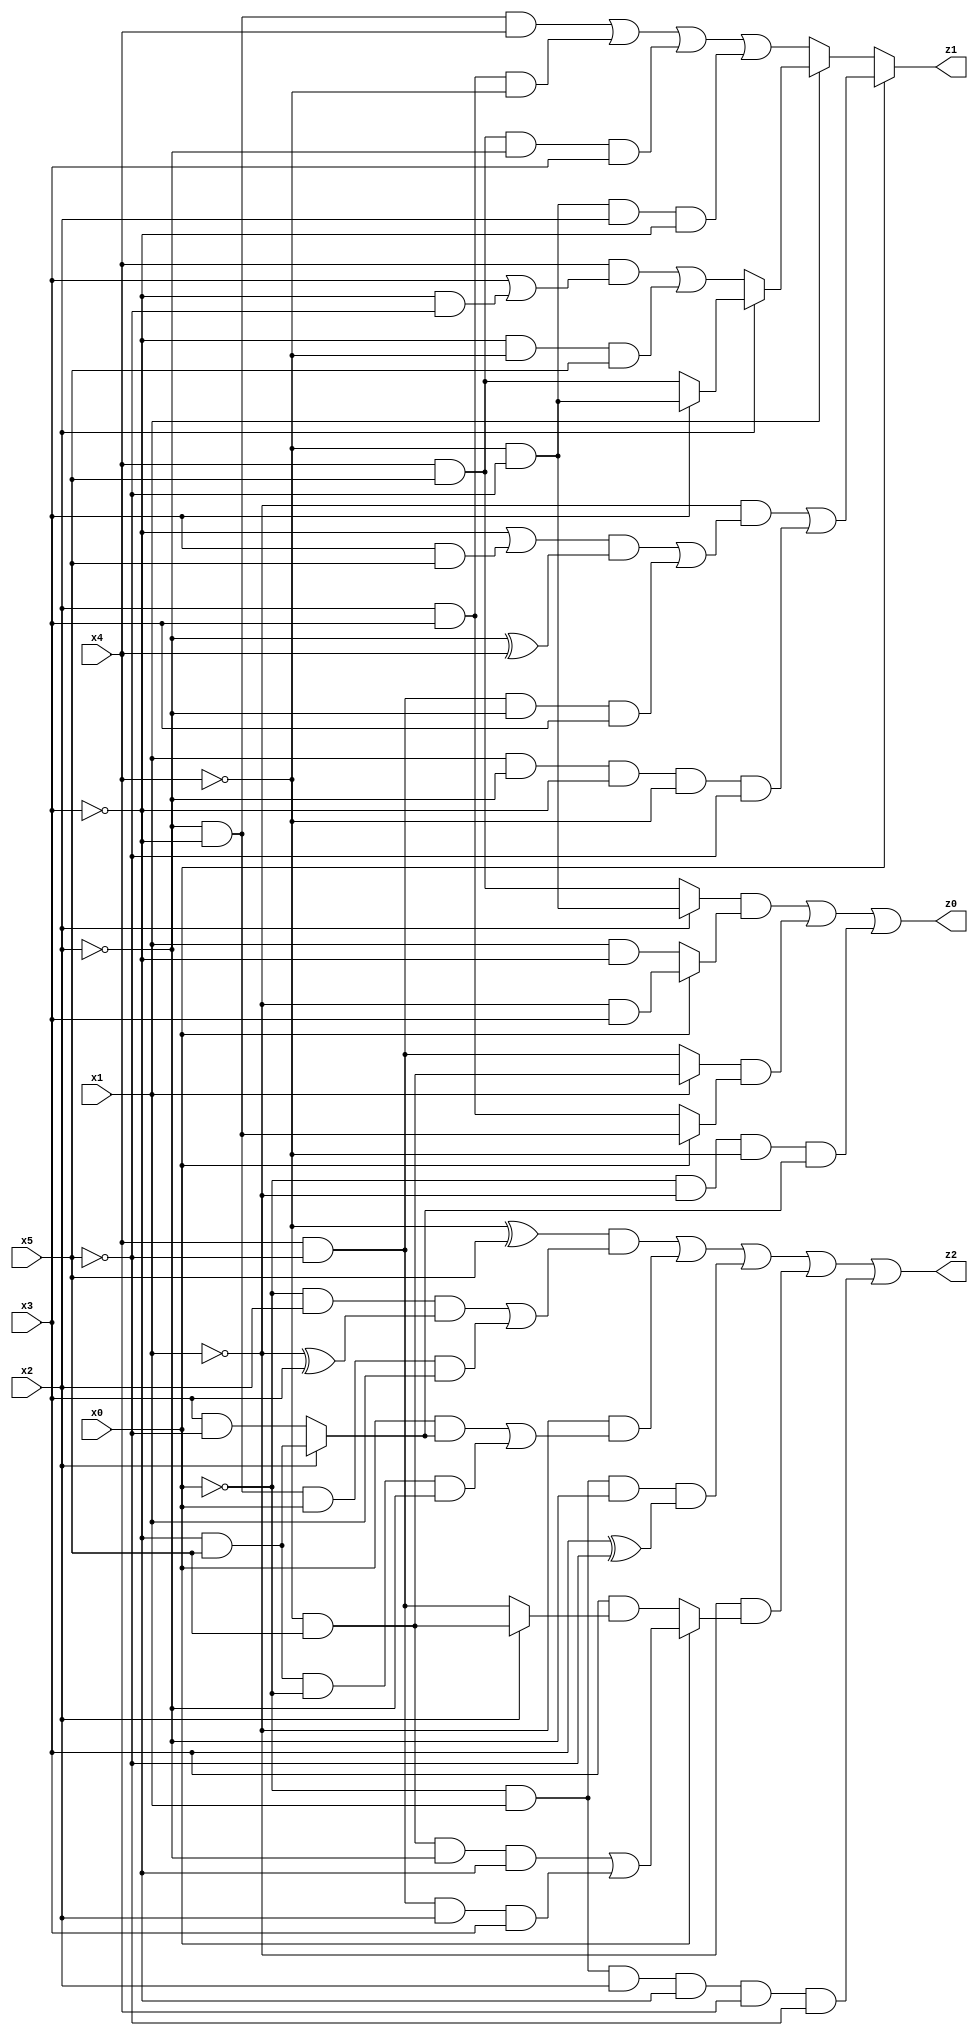
// Benchmark "res" written by ABC on Tue Jul 11 01:37:15 2023

module res ( 
    x0, x1, x2, x3, x4, x5,
    z0, z1, z2  );
  input  x0, x1, x2, x3, x4, x5;
  output z0, z1, z2;
  assign z0 = ((x2 ? (~x4 & ~x5) : (x4 & x5)) & (x0 ? (~x1 & x3) : (x1 & ~x3))) | ((x1 ? (~x4 & x5) : (x4 & ~x5)) & (x0 ? (~x2 & ~x3) : (x2 & x3))) | (~x0 & ~x1 & ~x4 & (x2 ? (~x3 & x5) : (x3 & ~x5)));
  assign z1 = x0 ? ((~x1 & (((~x3 | (x3 & x5)) & (~x2 ^ x4)) | (x4 & ~x5 & ~x2 & x3))) | (x1 & ~x2 & ~x3 & ~x4 & ~x5)) : (x1 ? (x2 ? (x3 ? (~x4 & ~x5) : (x4 & x5)) : ((x4 & (x3 | (~x3 & ~x5))) | (~x3 & ~x4 & x5))) : ((~x2 & ~x3 & x4) | (x2 & x3 & ~x4) | (x4 & x5 & ~x2 & x3) | (~x4 & ~x5 & x2 & ~x3)));
  assign z2 = ((~x4 ^ x5) & ((~x0 & x2 & (~x1 ^ x3)) | (~x2 & ~x3 & x0 & x1))) | (~x1 & ((x0 & (x2 ? (~x3 & x5) : (x3 & ~x5))) | (~x3 & x5 & ~x0 & ~x2))) | (~x0 & x1 & ~x2 & (x3 ^ ~x5)) | (~x1 & (x0 ? ((~x4 & x5 & ~x2 & ~x3) | (x4 & ~x5 & x2 & x3)) : (x3 & (x2 ? (~x4 & x5) : (x4 & ~x5))))) | (~x0 & x1 & x2 & ~x3 & x4 & ~x5);
endmodule